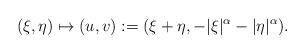
LaTeX: \begin{align*}(\xi, \eta)\mapsto (u,v):=(\xi+\eta, -|\xi|^{\alpha}-|\eta|^{\alpha}).\end{align*}